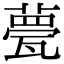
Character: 甍